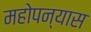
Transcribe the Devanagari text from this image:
महोपन्यास